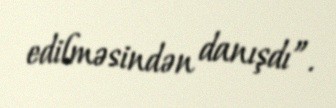
edilməsindən danışdı”.